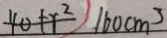
4 0 + r ^ { 2 } 1 6 0 c m ^ { 3 }